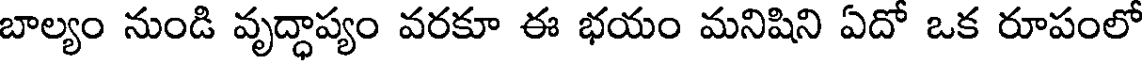
బాల్యం నుండి వృద్ధాప్యం వరకూ ఈ భయం మనిషిని ఏదో ఒక రూపంలో